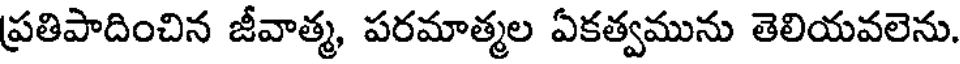
ప్రతిపాదించిన జీవాత్మ, పరమాత్మల ఏకత్వమును తెలియవలెను.